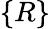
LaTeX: \left\{ R\right\}